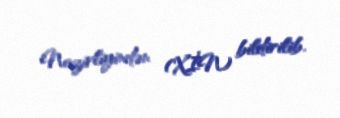
Nazirliyindən (XİN) bildirilib.